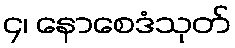
၄၊ နောစေဒံသုတ်